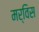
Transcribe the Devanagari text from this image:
मर्विस